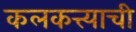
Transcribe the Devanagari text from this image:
कलकत्त्याची